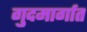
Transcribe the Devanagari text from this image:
गुदमार्गात